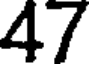
47